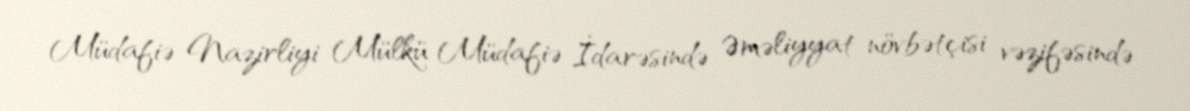
Müdafiə Nazirliyi Mülkü Müdafiə İdarəsində Əməliyyat növbətçisi vəzifəsində